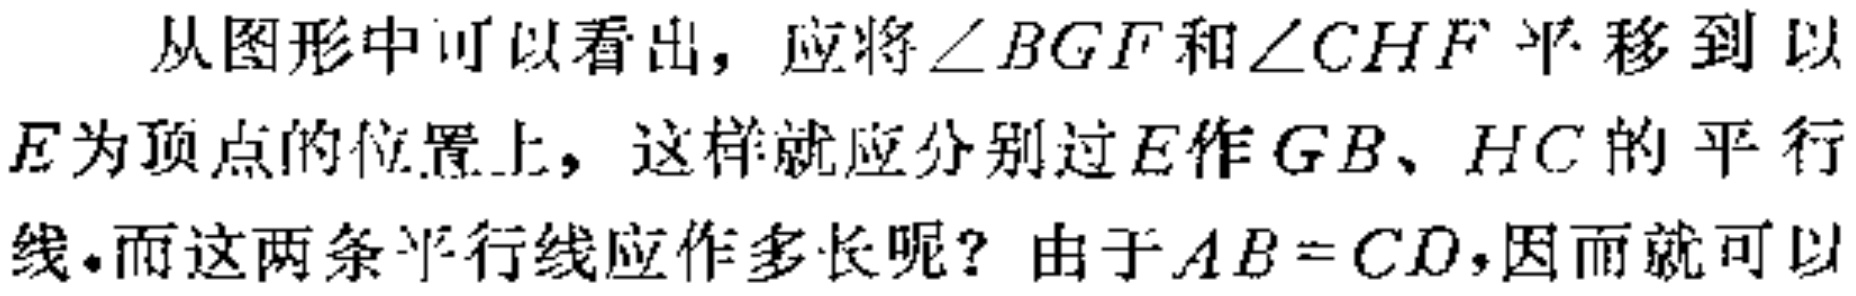
从图形中可以看出，应将$\angle BGF$和$\angle CHF$平移到以$E$为顶点的位置上，这样就应分别过$E$作$GB$、$HC$的平行线。而这两条平行线应作多长呢？由于$AB = CD$，因而就可以